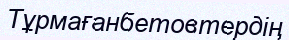
Тұрмағанбетовтердің